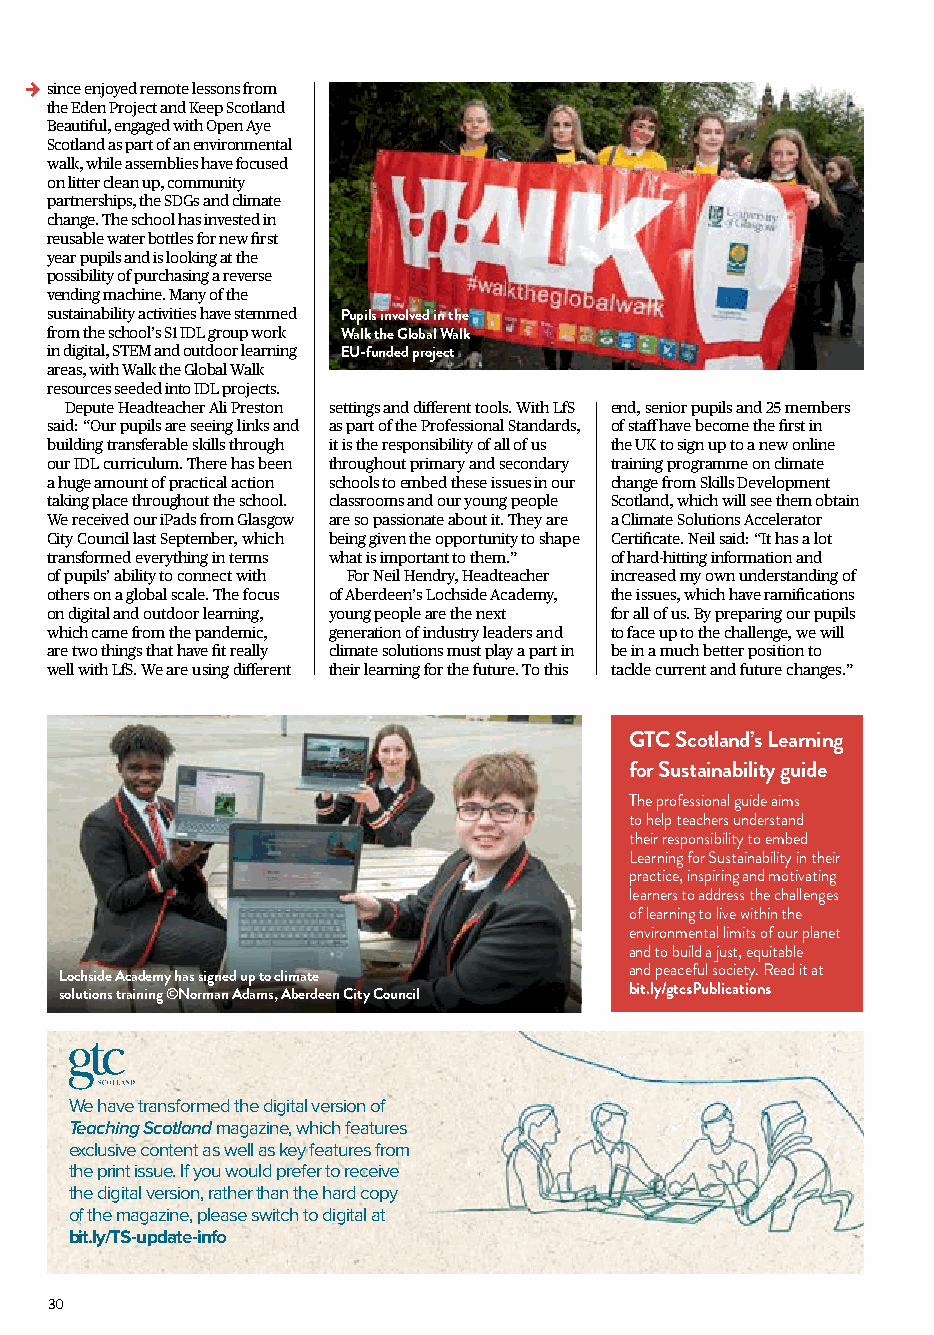
since enjoyed remote lessons from
 the Eden Project and Keep Scotland
 Beautiful, engaged with Open Aye
 Scotland as part of an environmental
 walk, while assemblies have focused
 on litter clean up, community
 partnerships, the SDGs and climate
 change. The school has invested in
 reusable water bottles for new first
 year pupils and is looking at the
 possibility of purchasing a reverse
 vending machine. Many of the
 sustainability activities have stemmed Pupils involved in the
 from the school’s S1 IDL group work Walk the Global Walk
 in digital, STEM and outdoor learning EU-funded project
 areas, with Walk the Global Walk
 resources seeded into IDL projects.
 Depute Headteacher Ali Preston settings and different tools. With LfS end, senior pupils and 25 members
 said: “Our pupils are seeing links and as part of the Professional Standards, of staff have become the first in
 building transferable skills through it is the responsibility of all of us the UK to sign up to a new online
 our IDL curriculum. There has been throughout primary and secondary training programme on climate
 a huge amount of practical action schools to embed these issues in our change from Skills Development
 taking place throughout the school. classrooms and our young people Scotland, which will see them obtain
 We received our iPads from Glasgow are so passionate about it. They are a Climate Solutions Accelerator
 City Council last September, which being given the opportunity to shape Certificate. Neil said: “It has a lot
 transformed everything in terms what is important to them.” of hard-hitting information and
 of pupils’ ability to connect with For Neil Hendry, Headteacher increased my own understanding of
 others on a global scale. The focus of Aberdeen’s Lochside Academy, the issues, which have ramifications
 on digital and outdoor learning, young people are the next for all of us. By preparing our pupils
 which came from the pandemic, generation of industry leaders and to face up to the challenge, we will
 are two things that have fit really climate solutions must play a part in be in a much better position to
 well with LfS. We are using different their learning for the future. To this tackle current and future changes.”
 GTC Scotland’s Learning
 for Sustainability guide
 The professional guide aims
 to help teachers understand
 their responsibility to embed
 Learning for Sustainability in their
 practice, inspiring and motivating
 learners to address the challenges
 of learning to live within the
 environmental limits of our planet
 and to build a just, equitable
 and peaceful society. Read it at
 Lochside Academy has signed up to climate
 solutions training ©Norman Adams, Aberdeen City Council bit.ly/gtcsPublications
 We have transformed the digital version of
 Teaching Scotland magazine, which features
 exclusive content as well as key features from
 the print issue. If you would prefer to receive
 the digital version, rather than the hard copy
 of the magazine, please switch to digital at
 bit.ly/TS-update-info
 30